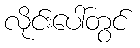
လိုင်းပေါ်တွင်